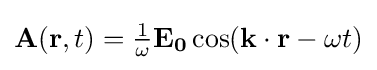
\mathbf {A} (\mathbf {r} ,t)={\tfrac {1}{\omega }}\mathbf {E_{0}} \cos(\mathbf {k} \cdot \mathbf {r} -\omega t)